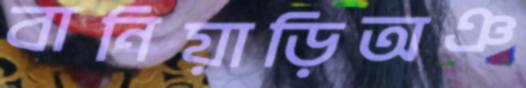
বানিয়াড়িঅঞ